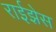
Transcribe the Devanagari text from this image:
राईझेस